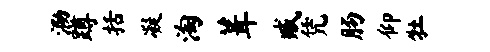
泐蹲括凝淘葺臧凭肠仰牡